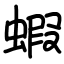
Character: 蝦